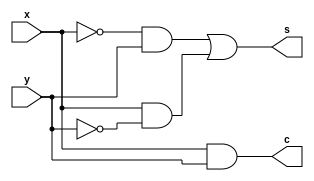
module halfadder(x,y,s,c);
input x,y;
output s,c;
assign s=(~x&y) |(x&~y);
assign c =x&y;
endmodule